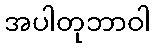
အပါတုဘာဝါ